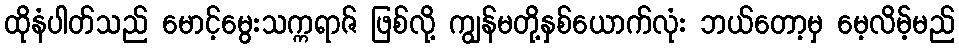
ထိုနံပါတ်သည် မောင့်မွေးသက္ကရာဇ် ဖြစ်လို့ ကျွန်မတို့နှစ်ယောက်လုံး ဘယ်တော့မှ မေ့လိမ့်မည်